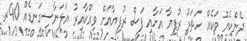
ދެންކެޔޮ ވަކެއް ހަތަރު ރުފިޔާ އަށާއި ފަސް ރުފިޔާއަށް ވިއްކާއިރު އަލަނާސިގަނޑެއް 40ރ.